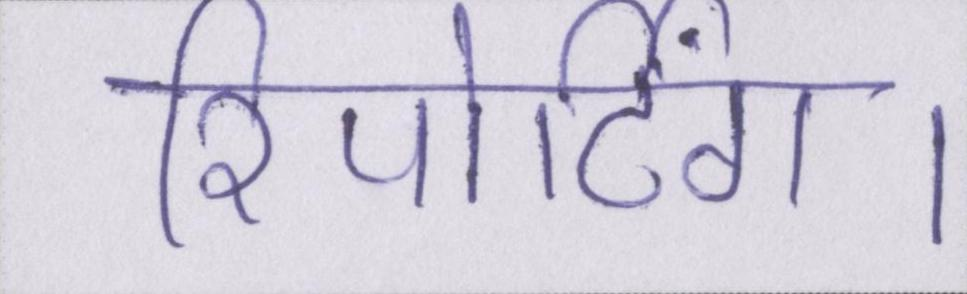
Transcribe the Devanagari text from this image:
रिपोर्टिंग।